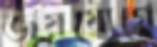
জয়যোগে